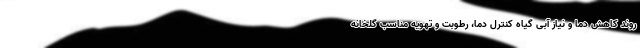
روند کاهش دما و نیاز آبی گیاه کنترل دما، رطوبت و تهویه مناسب گلخانه